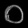
Digit: ၀